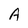
Character: A